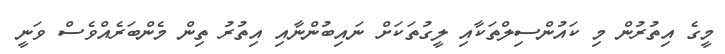
މީގެ އިތުރުން މި ކައުންސިލްތަކާއި ލީގުތަކަށް ނައިބުންނާއި އިތުރު ތިން މެންބަރެއްވެސް ވަނީ